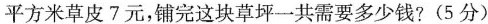
平方米草皮7元，铺完这块草坪一共需要多少钱?(5分)